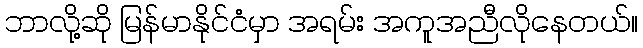
ဘာလို့ဆို မြန်မာနိုင်ငံမှာ အရမ်း အကူအညီလိုနေတယ်။